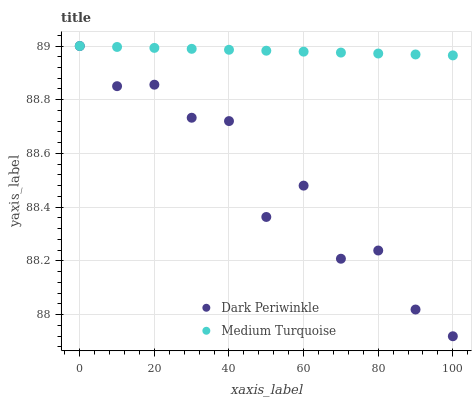
| xaxis_label | Dark Periwinkle | Medium Turquoise |
 | --- | --- | --- |
 | 0 | 89 | 89 |
 | 10 | 88.9 | 89 |
 | 20 | 88.9 | 89 |
 | 30 | 88.7 | 89 |
 | 40 | 88.7 | 89 |
 | 50 | 88.4 | 89 |
 | 60 | 88.5 | 89 |
 | 70 | 88.2 | 89 |
 | 80 | 88.2 | 89 |
 | 90 | 88 | 89 |
 | 100 | 87.9 | 89 |